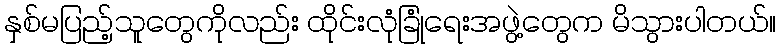
နှစ်မပြည့်သူတွေကိုလည်း ထိုင်းလုံခြုံရေးအဖွဲ့တွေက မိသွားပါတယ်။